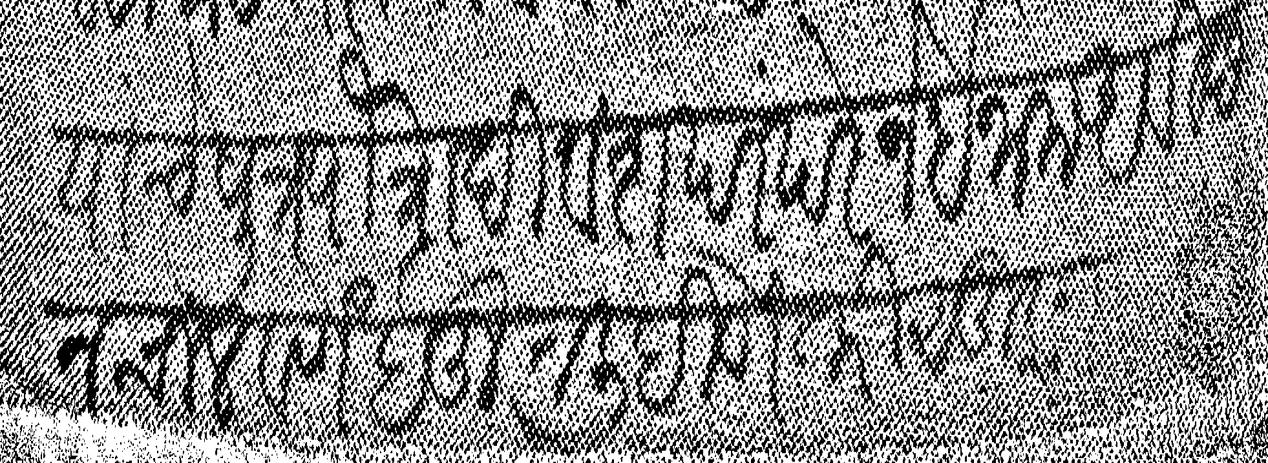
Transliteration (Devanagari): यांचे पुत्र पौत्रादि वंश परंपरेने इनाम अविछिन चालवणे बहुत लिहिणे तरी सूज्ञ